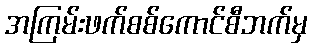
အကြမ်းဖက်စစ်ကောင်စီဘက်မှ